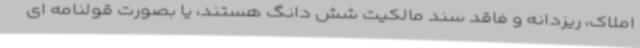
املاک، ریزدانه و فاقد سند مالکیت شش دانگ هستند، یا بصورت قولنامه ای